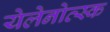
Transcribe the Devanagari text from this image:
येलेनोव्स्क